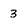
Character: 3